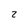
Character: 2